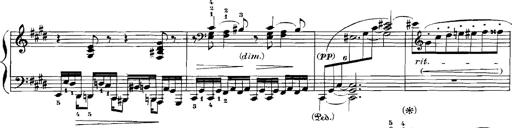
Title: Rhapsodies hongroises
Composer: Franz Liszt